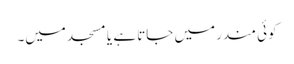
کوئی مندر میں جاتا ہے یا مسجد میں۔